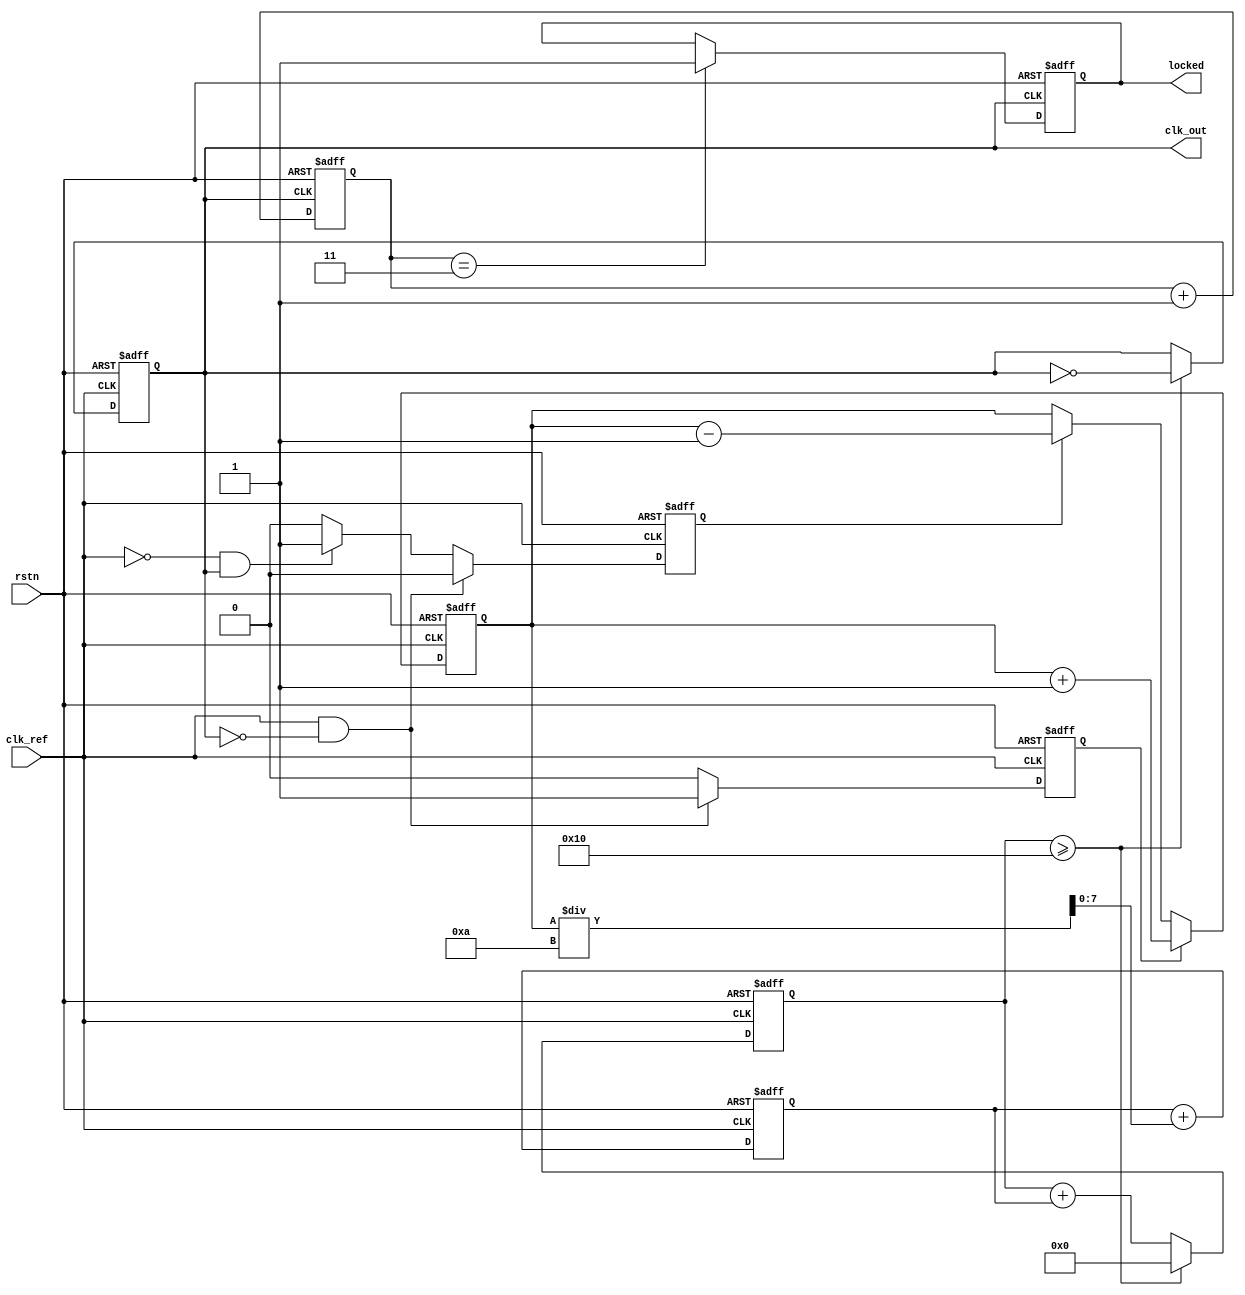
module integer_n_pll (
    input wire clk_ref,        // Reference clock input
    input wire rstn,          // Active low reset
    output wire clk_out,      // Output clock
    output wire locked        // PLL locked signal
);

    // Parameters
    parameter N = 4;          // Division factor
    parameter CP_CURRENT = 1; // Charge Pump current
    parameter LF_TIME_CONSTANT = 10; // Loop Filter time constant

    // Internal signals
    reg [1:0] state;           // State for PFD
    reg up, down;              // Control signals from PFD
    reg [7:0] charge_pump;     // Charge pump output
    reg [7:0] vco_control;      // Control voltage for VCO
    reg [31:0] vco_counter;     // VCO counter
    reg [31:0] divider_counter;  // Divider counter
    reg clk_div;               // Divided clock signal
    reg locked_reg;           // Lock status register

    // PFD Logic
    always @(posedge clk_ref or negedge rstn) begin
        if (!rstn) begin
            state <= 2'b00;
            up <= 1'b0;
            down <= 1'b0;
        end else begin
            // PFD operation (simplified)
            if (clk_ref && !clk_div) begin
                up <= 1'b1;
                down <= 1'b0;
            end else if (!clk_ref && clk_div) begin
                up <= 1'b0;
                down <= 1'b1;
            end else begin
                up <= 1'b0;
                down <= 1'b0;
            end
        end
    end
    
    // Charge Pump Logic
    always @(posedge clk_ref or negedge rstn) begin
        if (!rstn) begin
            charge_pump <= 8'b0;
        end else begin
            if (up) begin
                charge_pump <= charge_pump + CP_CURRENT;
            end else if (down) begin
                charge_pump <= charge_pump - CP_CURRENT;
            end
        end
    end

    // Loop Filter (Simple Integrator)
    always @(posedge clk_ref or negedge rstn) begin
        if (!rstn) begin
            vco_control <= 8'b0;
        end else begin
            vco_control <= vco_control + charge_pump / LF_TIME_CONSTANT;
        end
    end

    // VCO Logic
    always @(posedge clk_ref or negedge rstn) begin
        if (!rstn) begin
            vco_counter <= 32'b0;
            clk_div <= 1'b0;
        end else begin
            vco_counter <= vco_counter + vco_control; // Control frequency
            if (vco_counter >= (1 << N)) begin
                clk_div <= ~clk_div; // Toggle clock output
                vco_counter <= 32'b0;
            end
        end
    end

    // Frequency Divider
    always @(posedge clk_div or negedge rstn) begin
        if (!rstn) begin
            divider_counter <= 32'b0;
            locked_reg <= 1'b0;
        end else begin
            divider_counter <= divider_counter + 1;
            if (divider_counter == (N - 1)) begin
                locked_reg <= 1'b1; // Indicate PLL is locked
            end
        end
    end

    // Output Assignments
    assign clk_out = clk_div;
    assign locked = locked_reg;

endmodule